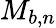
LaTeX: M_{b,n}